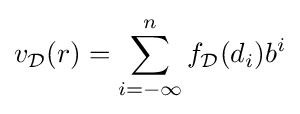
v_{\mathcal {D}}(r)=\sum _{i=-\infty }^{n}f_{\mathcal {D}}(d_{i})b^{i}